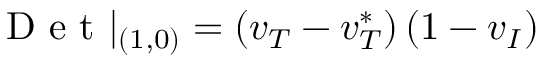
\mathrm { ~ D ~ e ~ t ~ } | _ { ( 1 , 0 ) } = \left( v _ { T } - v _ { T } ^ { * } \right) ( 1 - v _ { I } )